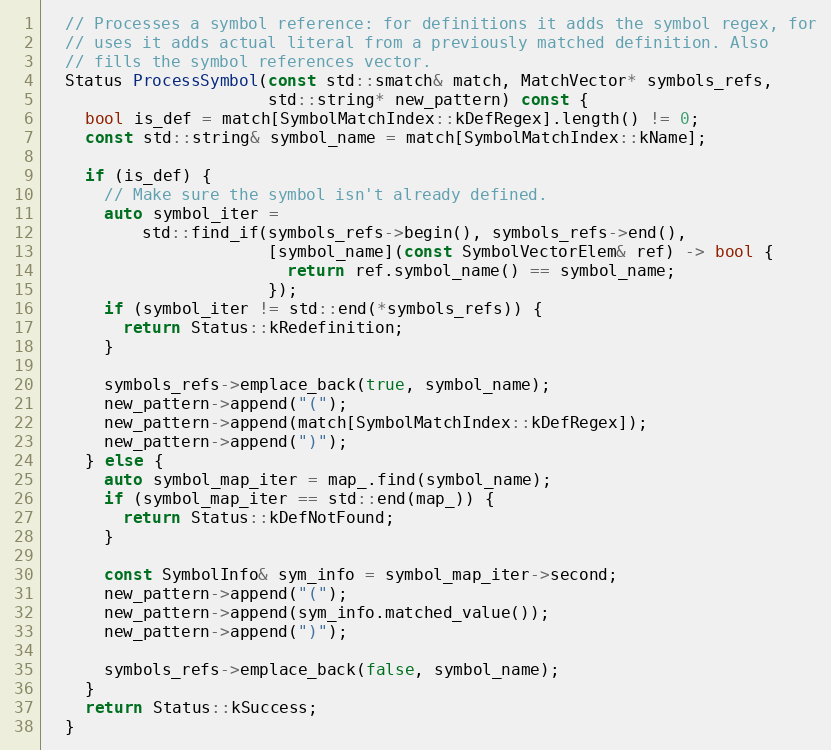
Language: C
  // Processes a symbol reference: for definitions it adds the symbol regex, for
  // uses it adds actual literal from a previously matched definition. Also
  // fills the symbol references vector.
  Status ProcessSymbol(const std::smatch& match, MatchVector* symbols_refs,
                       std::string* new_pattern) const {
    bool is_def = match[SymbolMatchIndex::kDefRegex].length() != 0;
    const std::string& symbol_name = match[SymbolMatchIndex::kName];

    if (is_def) {
      // Make sure the symbol isn't already defined.
      auto symbol_iter =
          std::find_if(symbols_refs->begin(), symbols_refs->end(),
                       [symbol_name](const SymbolVectorElem& ref) -> bool {
                         return ref.symbol_name() == symbol_name;
                       });
      if (symbol_iter != std::end(*symbols_refs)) {
        return Status::kRedefinition;
      }

      symbols_refs->emplace_back(true, symbol_name);
      new_pattern->append("(");
      new_pattern->append(match[SymbolMatchIndex::kDefRegex]);
      new_pattern->append(")");
    } else {
      auto symbol_map_iter = map_.find(symbol_name);
      if (symbol_map_iter == std::end(map_)) {
        return Status::kDefNotFound;
      }

      const SymbolInfo& sym_info = symbol_map_iter->second;
      new_pattern->append("(");
      new_pattern->append(sym_info.matched_value());
      new_pattern->append(")");

      symbols_refs->emplace_back(false, symbol_name);
    }
    return Status::kSuccess;
  }